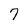
Character: 7